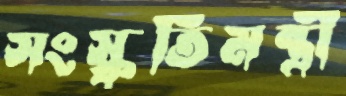
সংস্কৃতিমন্ত্রী